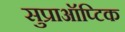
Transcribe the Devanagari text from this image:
सुप्राऑप्टिक